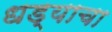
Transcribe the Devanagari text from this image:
धड्याचा